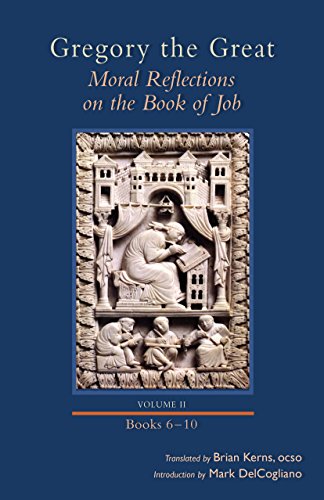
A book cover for Gregory the Great: Moral Reflections on the Book of Job, Volume 2 (Books 6-10) (Cistercian Studies); Christian Books & Bibles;